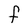
Character: F